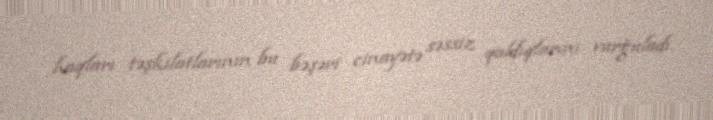
haqları təşkilatlarının bu bəşəri cinayətə səssiz qaldıqlarını vurğuladı.